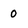
Character: 0